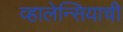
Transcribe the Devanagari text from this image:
व्हालेन्सियाची